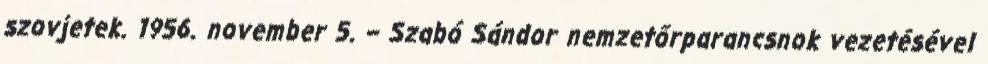
szovjetek. 1956. november 5. – Szabó Sándor nemzetőrparancsnok vezetésével